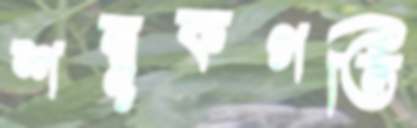
শম্বূকগতি